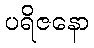
ပရိဇနော